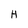
Character: H